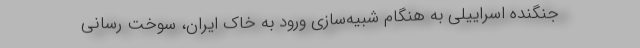
جنگنده اسراییلی به هنگام شبیه‌سازی ورود به خاک ایران، سوخت رسانی